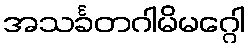
အသင်္ခတဂါမိမဂ္ဂေါ